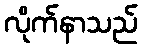
လိုက်နာသည်